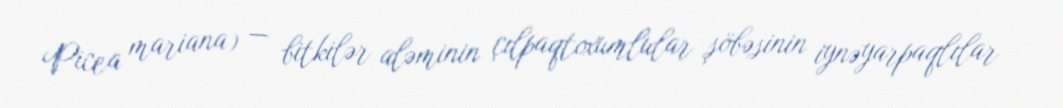
Picea mariana) — bitkilər aləminin çılpaqtoxumlular şöbəsinin i̇ynəyarpaqlılar